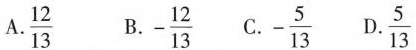
A.\frac{12}{13} B.-\frac{12}{13} C.-\frac{5}{13} D.\frac{5}{13}